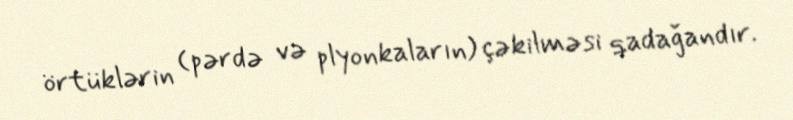
örtüklərin (pərdə və plyonkaların) çəkilməsi qadağandır.